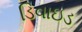
ડિવાઇડ